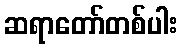
ဆရာတော်တစ်ပါး